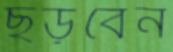
ছড়বেন